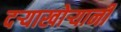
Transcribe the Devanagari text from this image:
दऱ्याखोऱ्यानी